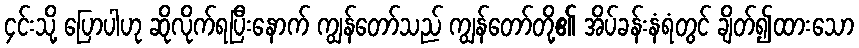
၄င်းသို့ ပြောပါဟု ဆိုလိုက်ရပြီးနောက် ကျွန်တော်သည် ကျွန်တော်တို့၏ အိပ်ခန်းနံရံတွင် ချိတ်၍ထားသော